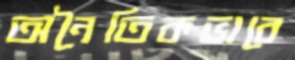
অনৈতিকভাবে